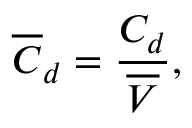
\overline { { C } } _ { d } = \frac { C _ { d } } { \overline { { V } } } ,